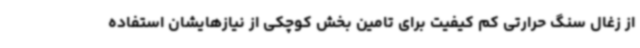
از زغال سنگ حرارتی کم کیفیت برای تامین بخش کوچکی از نیازهایشان استفاده